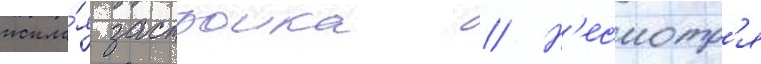
жила́я застроика // Н'есмотр'я